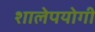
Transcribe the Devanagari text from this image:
शालेपयोगी